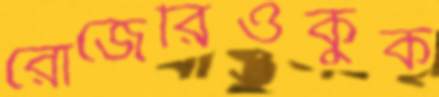
রোজেরিওকুঁক